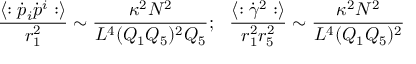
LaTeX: { \frac { \langle : \dot { p } _ { i } \dot { p } ^ { i } : \rangle } { r _ { 1 } ^ { 2 } } } \sim { \frac { \kappa ^ { 2 } N ^ { 2 } } { L ^ { 4 } ( Q _ { 1 } Q _ { 5 } ) ^ { 2 } Q _ { 5 } } } ; \ \ { \frac { \langle : \dot { \gamma } ^ { 2 } : \rangle } { r _ { 1 } ^ { 2 } r _ { 5 } ^ { 2 } } } \sim { \frac { \kappa ^ { 2 } N ^ { 2 } } { L ^ { 4 } ( Q _ { 1 } Q _ { 5 } ) ^ { 2 } } }